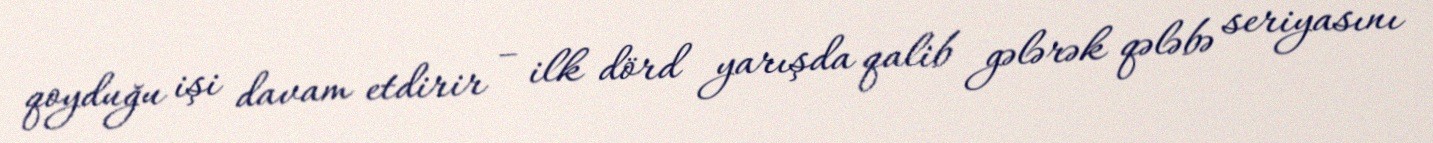
qoyduğu işi davam etdirir – ilk dörd yarışda qalib gələrək qələbə seriyasını